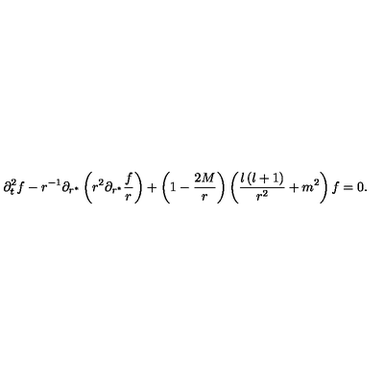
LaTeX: \partial _ { t } ^ { 2 } f - r ^ { - 1 } \partial _ { r ^ { * } } \left( r ^ { 2 } \partial _ { r ^ { * } } { \frac { f } { r } } \right) + \left( 1 - { \frac { 2 M } { r } } \right) \left( \frac { l \left( l + 1 \right) } { r ^ { 2 } } + m ^ { 2 } \right) f = 0 .